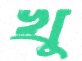
খু